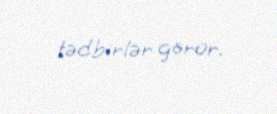
tədbirlər görür.